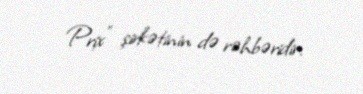
Prix” şirkətinin də rəhbəridir.